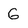
Character: G